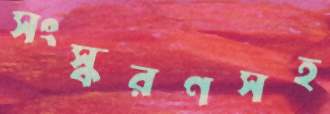
সংস্করণসহ